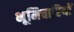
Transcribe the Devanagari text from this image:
भूमिचारियों